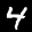
Label: 4